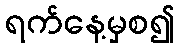
ရက်နေ့မှစ၍